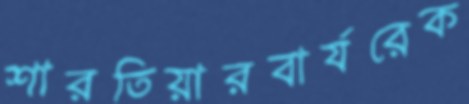
শারতিয়ারবার্যরেক